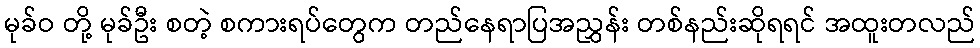
မုခ်ဝ တို့ မုခ်ဦး စတဲ့ စကားရပ်တွေက တည်နေရာပြအညွှန်း တစ်နည်းဆိုရရင် အထူးတလည်